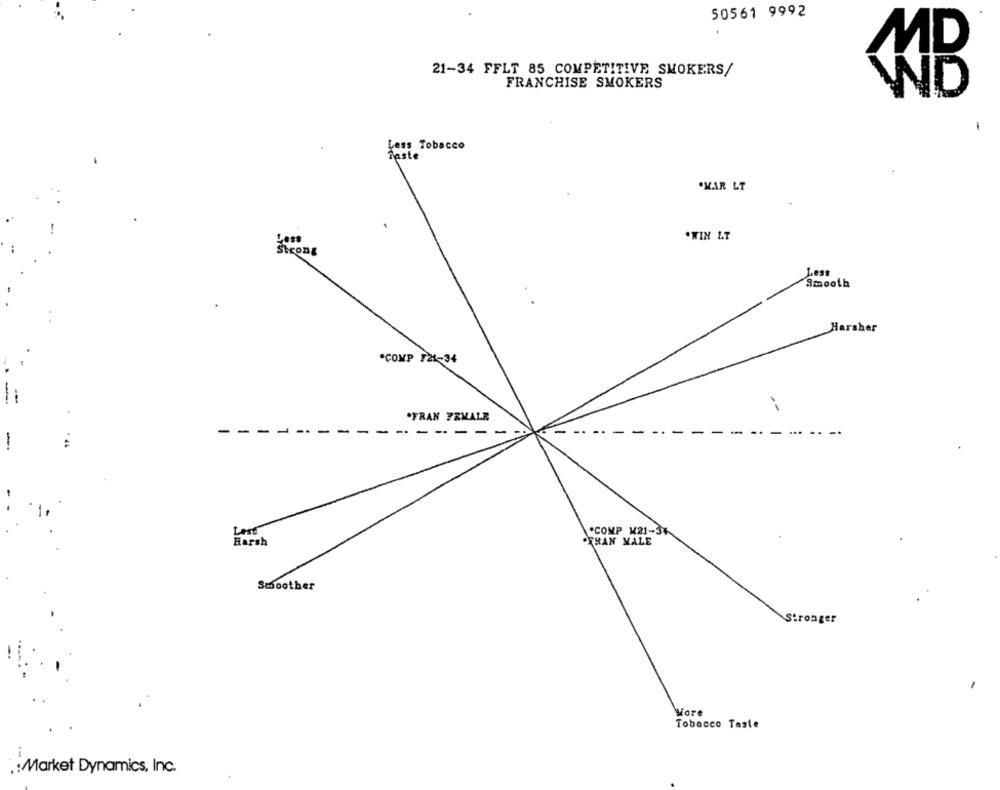
50561 9992
21-34 FFLT 85 COMPETITIVE SMOKERS/
FRANCHISE SMOKERS
MB
Less Tobacco
Taste
.KAR LT
.WIN LT
Strong
Less
Smooth
Harsher
.COMP 121-34
.FRAN TRVALE
--
-
---------
-
.COMP M21-31
Lest
Harsh
FRAN YALE
Smoother
Stronger
More
Tobacco Taste
. : Market Dynamics, Inc.